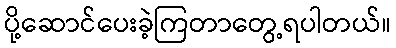
ပို့ဆောင်ပေးခဲ့ကြတာတွေ့ရပါတယ်။